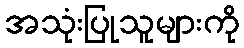
အသုံးပြုသူများကို